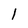
Character: 1